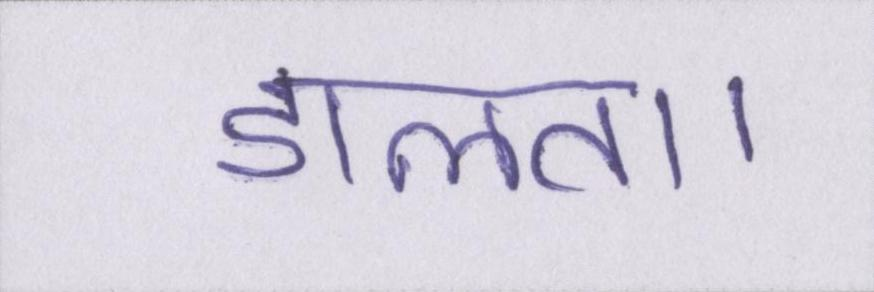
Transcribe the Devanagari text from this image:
डालता।